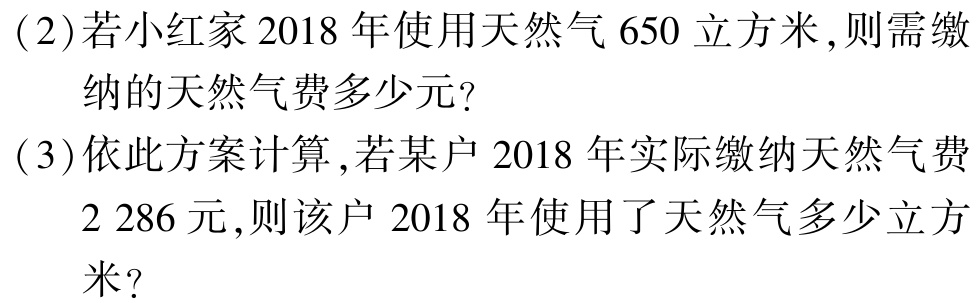
(2)若小红家2018年使用天然气650立方米,则需缴

   纳的天然气费多少元?

(3)依此方案计算,若某户2018年实际缴纳天然气费

   2 286元,则该户2018年使用了天然气多少立

   米?